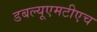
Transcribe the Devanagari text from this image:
डबल्यूएमटीएच